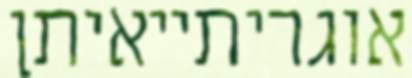
אוגריתייאיתן